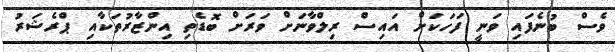
ވެސް ބުނެފައި ވަނީ ފަހަކަށް އައިސް ރިލްވާނަށް ވަރަށް ބޮޑެތި އިންޒާރުތަކާއި ޕްރެޝަރު